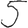
Digit: 5